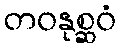
တဝနုစ္ဆဝံ